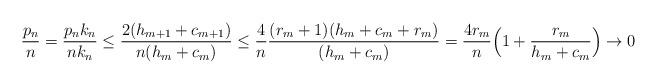
LaTeX: \begin{align*}\frac{p_{n}}{n} = \frac{p_{n}k_{n}}{nk_{n}} \leq \frac{2(h_{m+1}+c_{m+1})}{n(h_{m}+c_{m})} \leq \frac{4}{n} \frac{(r_{m}+1)(h_{m} + c_{m} + r_{m})}{(h_{m}+c_{m})}= \frac{4r_{m}}{n} \Big{(}1 + \frac{r_{m}}{h_{m}+c_{m}}\Big{)} \to 0\end{align*}